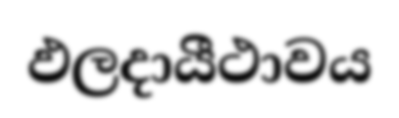
ඵලදායීථාවය